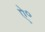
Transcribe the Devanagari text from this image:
ऐ॰